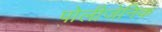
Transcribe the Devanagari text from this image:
पोलीजेनिक